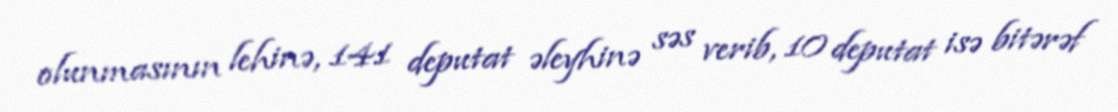
olunmasının lehinə, 141 deputat əleyhinə səs verib, 10 deputat isə bitərəf